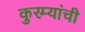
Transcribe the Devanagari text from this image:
कुरम्यांची